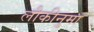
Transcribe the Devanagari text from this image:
लौकीनुमा